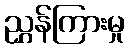
ညွှန်ကြားမှု